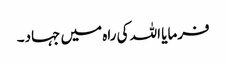
فرمایا اللہ کی راہ میں جہاد۔